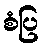
စံပြ